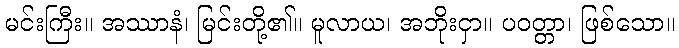
မင်းကြီး။ အဿာနံ၊ မြင်းတို့၏။ မူလာယ၊ အဘိုးငှာ။ ပဝတ္တာ၊ ဖြစ်သော။